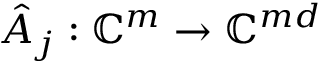
\hat { A } _ { j } : \mathbb { C } ^ { m } \to \mathbb { C } ^ { m d }